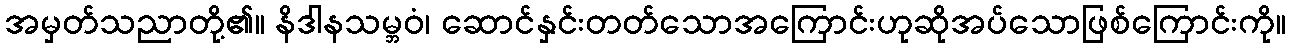
အမှတ်သညာတို့၏။ နိဒါနသမ္ဘဝံ၊ ဆောင်နှင်းတတ်သောအကြောင်းဟုဆိုအပ်သောဖြစ်ကြောင်းကို။